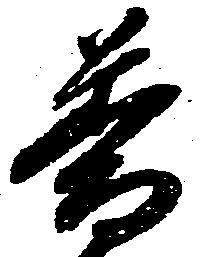
普